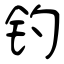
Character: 钓